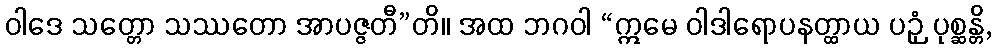
ဝါဒေ သတ္တော သဿတော အာပဇ္ဇတီ”တိ။ အထ ဘဂဝါ “ဣမေ ဝါဒါရောပနတ္ထာယ ပဉှံ ပုစ္ဆန္တိ,